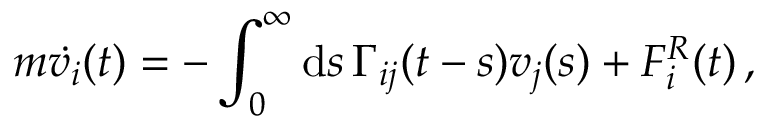
m \dot { v _ { i } } ( t ) = - \int _ { 0 } ^ { \infty } \mathrm { d } s \, \Gamma _ { i j } ( t - s ) v _ { j } ( s ) + F _ { i } ^ { R } ( t ) \, ,